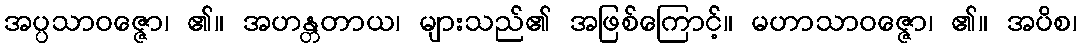
အပ္ပသာဝဇ္ဇော၊ ၏။ အဟန္တတာယ၊ များသည်၏ အဖြစ်ကြောင့်။ မဟာသာဝဇ္ဇော၊ ၏။ အပိစ၊